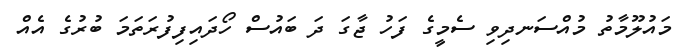
މައުލޫމާތު މުއްސަނދިވި ސެމީގެ ފަހު ޖާގަ ދަ ބައުސް ހޯދައިފިފުރަތަމަ ބުރުގެ އެއް